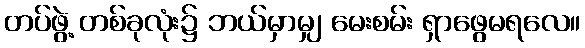
တပ်ဖွဲ့ တစ်ခုလုံး၌ ဘယ်မှာမျှ မေးစမ်း ရှာဖွေမရလေ။